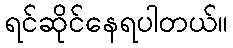
ရင်ဆိုင်နေရပါတယ်။